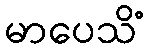
မာပေသိံ